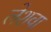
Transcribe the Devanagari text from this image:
लेशवा